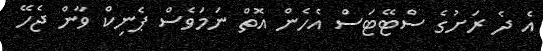
އެ ދެ ރަށުގެ ސްޓޭޓަސް އެހެން އޮތް ނަމަވެސް ޕެނިކް ވާން ޖެހޭ